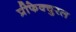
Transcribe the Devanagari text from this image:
प्रीफेक्चुरल